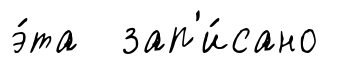
э́та зап'и́сано